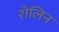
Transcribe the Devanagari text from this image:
रोलिन